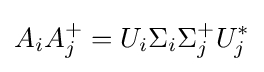
A_{i}A_{j}^{+}=U_{i}\Sigma _{i}\Sigma _{j}^{+}U_{j}^{*}